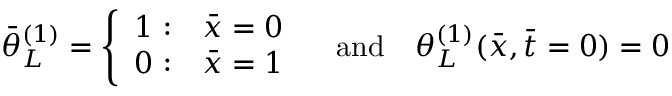
\bar { \theta } _ { L } ^ { ( 1 ) } = \left\{ \begin{array} { l l } { 1 \, \, { : } } & { \bar { x } = 0 } \\ { 0 \, \, { : } } & { \bar { x } = 1 } \end{array} \right. \quad \mathrm { a n d } \quad \theta _ { L } ^ { ( 1 ) } ( \bar { x } , \bar { t } = 0 ) = 0